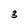
Character: 3